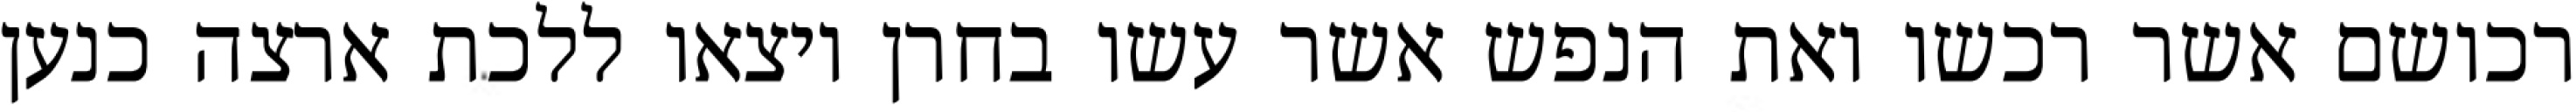
רכושם אשר רכשו ואת הנפש אשר עשו בחרן ויצאו ללכת ארצה כנען